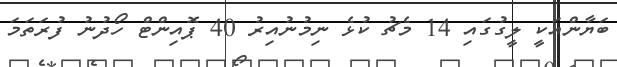
ބަޔާންއަކީ ލީގުގައި 14 މެޗު ކުޅެ ނިމުނުއިރު 40 ޕޮއިންޓް ހޯދުނު ފުރަތަމަ